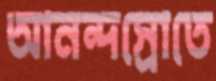
আনন্দস্রোতে